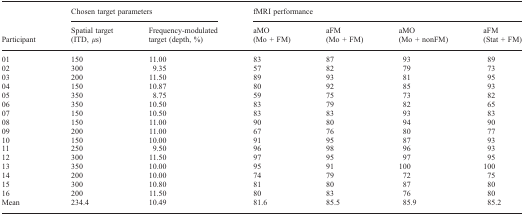
<table><thead><tr><td></td><td colspan="2"><b>Chosen target parameters</b></td><td colspan="4"><b>fMRI performance</b></td></tr><tr><td><b>Participant</b></td><td><b>Spatial target (ITD, μs)</b></td><td><b>Frequency-modulated target (depth, %)</b></td><td><b>aMO (Mo + FM)</b></td><td><b>aFM (Mo + FM)</b></td><td><b>aMO (Mo + nonFM)</b></td><td><b>aFM (Stat + FM)</b></td></tr></thead><tbody><tr><td>01</td><td>150</td><td>11.00</td><td>83</td><td>87</td><td>93</td><td>89</td></tr><tr><td>02</td><td>300</td><td>9.35</td><td>57</td><td>82</td><td>79</td><td>73</td></tr><tr><td>03</td><td>200</td><td>11.50</td><td>89</td><td>93</td><td>81</td><td>95</td></tr><tr><td>04</td><td>150</td><td>10.87</td><td>80</td><td>92</td><td>85</td><td>93</td></tr><tr><td>05</td><td>350</td><td>8.75</td><td>59</td><td>75</td><td>73</td><td>82</td></tr><tr><td>06</td><td>350</td><td>10.50</td><td>83</td><td>79</td><td>82</td><td>65</td></tr><tr><td>07</td><td>150</td><td>10.50</td><td>83</td><td>83</td><td>93</td><td>83</td></tr><tr><td>08</td><td>150</td><td>11.00</td><td>90</td><td>80</td><td>94</td><td>90</td></tr><tr><td>09</td><td>200</td><td>11.00</td><td>67</td><td>76</td><td>80</td><td>77</td></tr><tr><td>10</td><td>150</td><td>10.00</td><td>91</td><td>95</td><td>87</td><td>93</td></tr><tr><td>11</td><td>250</td><td>9.50</td><td>96</td><td>98</td><td>96</td><td>93</td></tr><tr><td>12</td><td>300</td><td>11.50</td><td>97</td><td>95</td><td>97</td><td>95</td></tr><tr><td>13</td><td>350</td><td>10.00</td><td>95</td><td>91</td><td>100</td><td>100</td></tr><tr><td>14</td><td>200</td><td>10.00</td><td>74</td><td>79</td><td>72</td><td>75</td></tr><tr><td>15</td><td>300</td><td>10.80</td><td>81</td><td>80</td><td>87</td><td>80</td></tr><tr><td>16</td><td>200</td><td>11.50</td><td>80</td><td>83</td><td>76</td><td>80</td></tr><tr><td>Mean</td><td>234.4</td><td>10.49</td><td>81.6</td><td>85.5</td><td>85.9</td><td>85.2</td></tr></tbody></table>